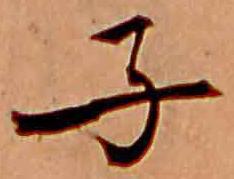
子